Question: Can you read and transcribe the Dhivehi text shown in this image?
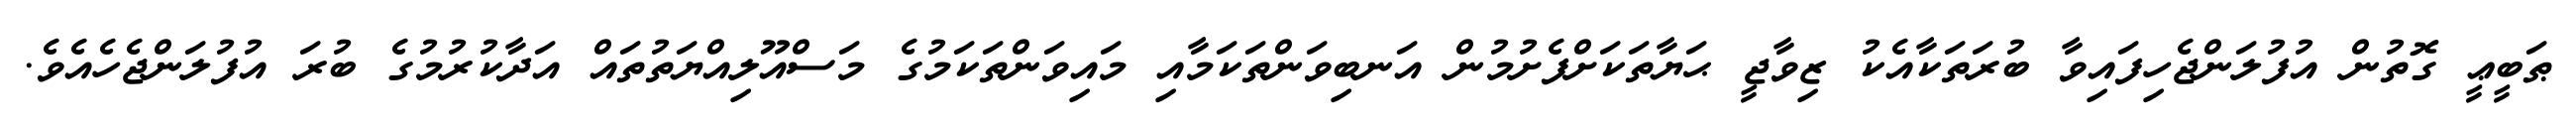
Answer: ޠަބީޢީ ގޮތުން އުފުލަންޖެހިފައިވާ ބުރަތަކާއެކު ޒިވާޖީ ޙަޔާތަކަށްފެށުމުން އަނބިވަންތަކަމާއި މައިވަންތަކަމުގެ މަސްއޫލިއްޔަތުތައް އަދާކުރުމުގެ ބުރަ އުފުލަންޖެހެއެވެ.